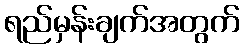
ရည်မှန်းချက်အတွက်